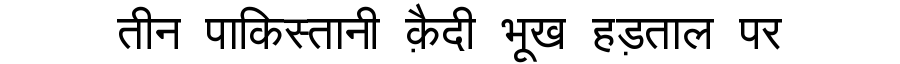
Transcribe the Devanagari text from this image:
तीन पाकिस्तानी क़ैदी भूख हड़ताल पर